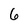
Character: 6